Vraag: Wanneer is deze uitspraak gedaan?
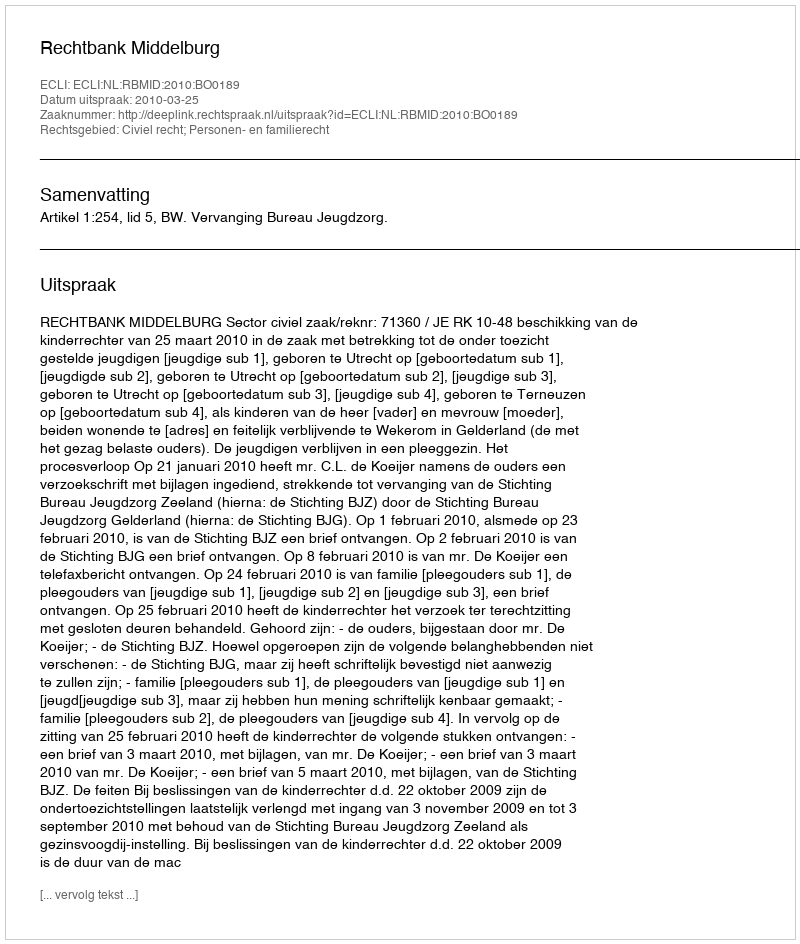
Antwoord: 2010-03-25